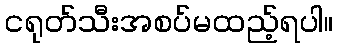
ငရုတ်သီးအစပ်မထည့်ရပါ။